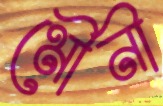
মৌনী